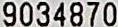
9034870